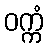
ဝက္ကံ